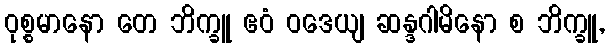
ဝုစ္စမာနော တေ ဘိက္ခူ ဧဝံ ဝဒေယျ ဆန္ဒဂါမိနော စ ဘိက္ခူ,